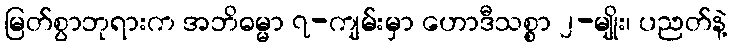
မြတ်စွာဘုရားက အဘိဓမ္မာ ၇-ကျမ်းမှာ ဟောဒီသစ္စာ ၂-မျိုး၊ ပညတ်နဲ့